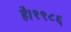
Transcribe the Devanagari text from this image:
है।१९८६